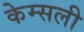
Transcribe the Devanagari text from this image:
केम्सली